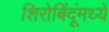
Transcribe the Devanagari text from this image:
शिरोबिंदूंमध्ये